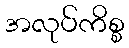
အလုပ်ကိစ္စ